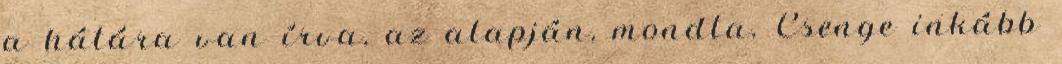
a hátára van írva, az alapján, mondta. Csenge inkább